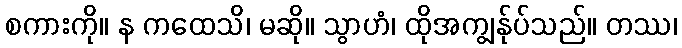
စကားကို။ န ကထေသိ၊ မဆို။ သွာဟံ၊ ထိုအကျွန်ုပ်သည်။ တဿ၊